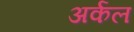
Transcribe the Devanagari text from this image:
अर्कल